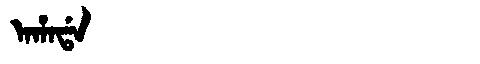
Manchu: ᠠᡥᠠᡩᠠ
Romanization: AHADA